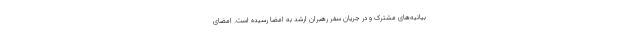
بیانیه‌های مشترک و در جریان سفر رهبران ارشد به امضا رسیده است. امضای